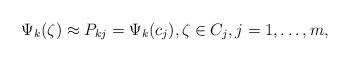
LaTeX: \begin{align*}\Psi_k(\zeta) \approx P_{kj}= \Psi_k(c_j), \zeta \in C_j, j=1,\ldots,m,\end{align*}